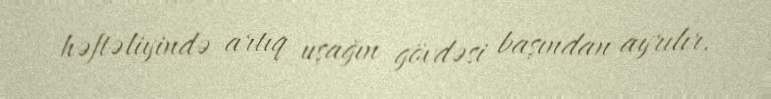
həftəliyində artıq uşağın gövdəsi başından ayrılır.